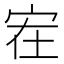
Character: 𰌻